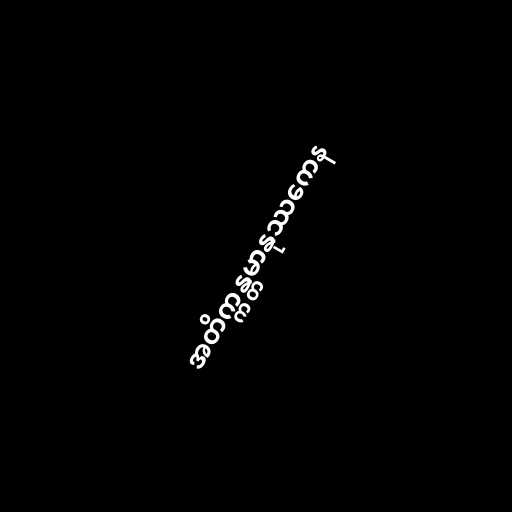
အတိက္ကန္တမာနုဿကေန